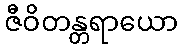
ဇီဝိတန္တရာယော